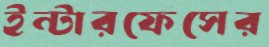
ইন্টারফেসের